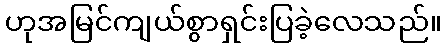
ဟုအမြင်ကျယ်စွာရှင်းပြခဲ့လေသည်။